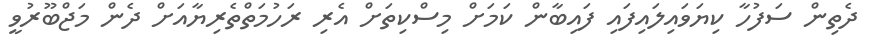
ދެތިން ސަފުހާ ކިޔަވައިލައިފައި ފައިބާން ކަމަށް މިސްކިތަށް އެރި ރަހުމަތްތެރިޔާއަށް ދެން މަޖްބޫރުވީ